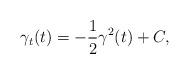
LaTeX: \begin{align*} \gamma_t(t)=-\frac12 \gamma^2(t)+C,\end{align*}